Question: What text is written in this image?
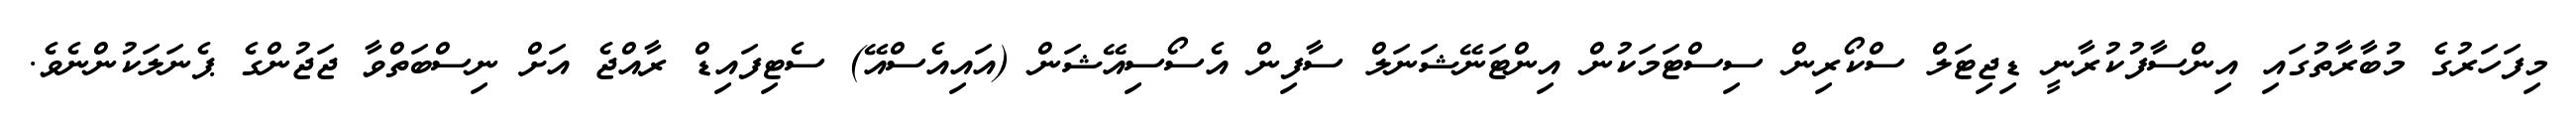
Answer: މިފަހަރުގެ މުބާރާތުގައި އިންސާފުކުރާނީ ޑިޖިޓަލް ސްކޯރިން ސިސްޓަމަކުން އިންޓަނޭޝަނަލް ސާފިން އެސޯސިއޭޝަން (އައިއެސްއޭ) ސެޓިފައިޑް ރާއްޖެ އަށް ނިސްބަތްވާ ޖަޖުންގެ ޕެނަލަކުންނެވެ.